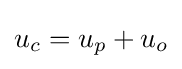
u_{c}=u_{p}+u_{o}